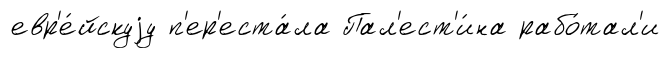
евр'е́йскуjу п'ер'еста́ла Пал'ест'и́на рабо́тал'и